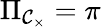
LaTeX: \Pi_{{\mathcal{C}}_{\times}}=\pi